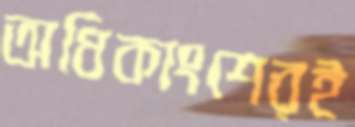
অধিকাংশেরই